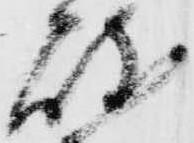
岐